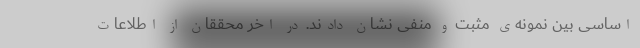
اساسی بین نمونه‌ی مثبت و منفی نشان دادند. در اخر محققان از اطلاعات